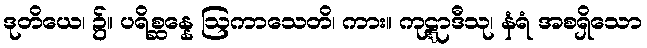
ဒုတိယေ၊ ၌။ ပရိစ္ဆန္နေ ဩကာသေတိ၊ ကား။ ကုဋ္ဋာဒီသု၊ နံရံ အစရှိသော